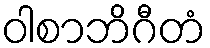
ဝါစာဘိဂီတံ